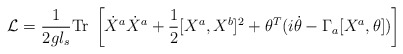
\begin{align*}{\cal L} = \frac{1}{2gl_s} {\rm Tr}\; \left[\dot{X}^a \dot{X}^a+\frac{1}{2}[X^a, X^b]^2 + \theta^T (i \dot{\theta}-\Gamma_a[X^a, \theta]) \right]\end{align*}